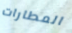
المطارات